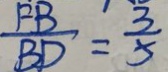
\frac { F B } { B D } = \frac { 3 } { 5 }